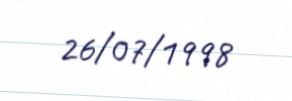
26/07/1998